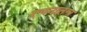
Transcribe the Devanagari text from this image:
रचनातन्त्र